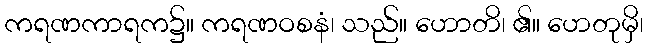
ကရဏကာရက၌။ ကရဏဝစနံ၊ သည်။ ဟောတိ၊ ၏။ ဟေတုမှိ၊